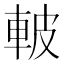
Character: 𮝌